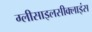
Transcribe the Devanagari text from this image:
ग्लीसाइलसीक्लाइंस